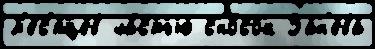
м'е́с'яцев ча́стью сно́сок Зан'ева